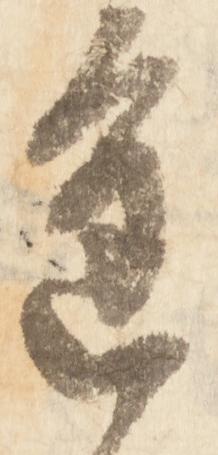
進